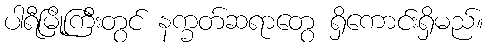
ပါရီမြို့ကြီးတွင် နက္ခတ်ဆရာတွေ ရှိကောင်းရှိမည်။